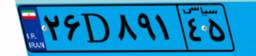
۵۳D۱۴۱۸۹